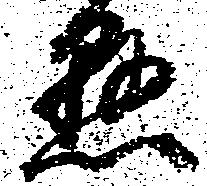
懸